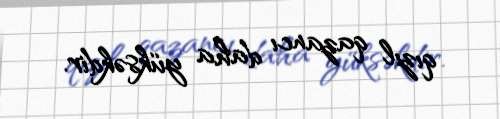
qızıl qazancı daha yüksəkdir.